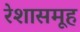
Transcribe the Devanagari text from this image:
रेशासमूह